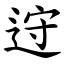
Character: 䢘